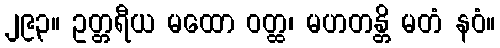
၂၉၃။ ဥတ္တရီယ မထော ဝတ္ထ၊ မဟတန္တိ မတံ နဝံ။